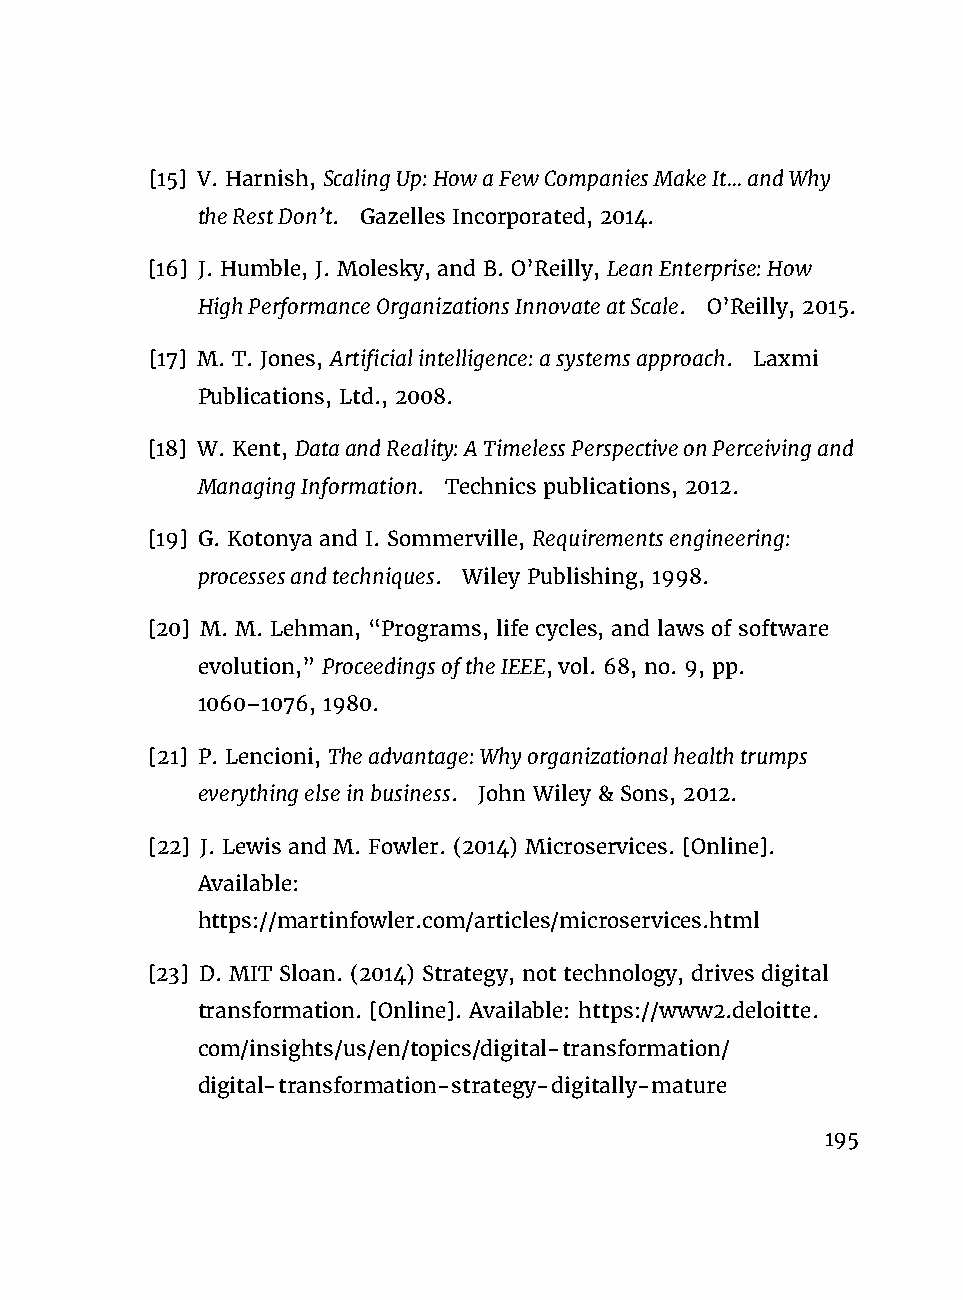
[15] V. Harnish, ScalingUp:HowaFewCompaniesMakeIt...andWhy
 theRestDon’t. Gazelles Incorporated, 2014.
 [16] J. Humble, J. Molesky, and B. O’Reilly, LeanEnterprise:How
 HighPerformanceOrganizationsInnovateatScale. O’Reilly, 2015.
 [17] M. T. Jones, Artificialintelligence:asystemsapproach. Laxmi
 Publications, Ltd., 2008.
 [18] W. Kent, DataandReality:ATimelessPerspectiveonPerceivingand
 ManagingInformation. Technics publications, 2012.
 [19] G. Kotonya and I. Sommerville, Requirementsengineering:
 processesandtechniques. Wiley Publishing, 1998.
 [20] M. M. Lehman, “Programs, life cycles, and laws of software
 evolution,” ProceedingsoftheIEEE, vol. 68, no. 9, pp.
 1060–1076, 1980.
 [21] P. Lencioni, Theadvantage:Whyorganizationalhealthtrumps
 everythingelseinbusiness. John Wiley & Sons, 2012.
 [22] J. Lewis and M. Fowler. (2014) Microservices. [Online].
 Available:
 https://martinfowler.com/articles/microservices.html
 [23] D. MIT Sloan. (2014) Strategy, not technology, drives digital
 transformation. [Online]. Available: https://www2.deloitte.
 com/insights/us/en/topics/digital-transformation/
 digital-transformation-strategy-digitally-mature
 195